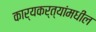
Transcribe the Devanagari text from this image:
कार्यकर्त्यांमधील